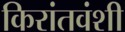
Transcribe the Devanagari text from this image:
किरांतवंशी